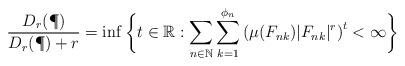
LaTeX: \begin{align*}\frac{D_{r}(\P)}{D_{r}(\P)+r}=\inf\bigg\{ t\in\mathbb{R}:\sum_{n\in\mathbb{N}}\sum_{k=1}^{\phi_{n}}\left(\mu(F_{nk})|F_{nk}|^{r}\right)^{t}<\infty\bigg\}\end{align*}